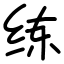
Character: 练